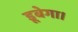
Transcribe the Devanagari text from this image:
डूबेगा।